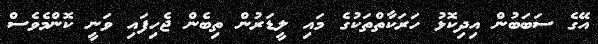
އޭގެ ސަބަބުން އިދިކޮޅު ހަރަކާތްތަކުގެ މައި ލީޑަރުން ތިބެން ޖެހިފައި ވަނީ ކޮންމެވެސް